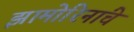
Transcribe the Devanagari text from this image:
झामोरिनांचे